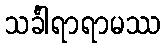
သင်္ခါရာရာမဿ